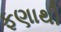
ફણાથી